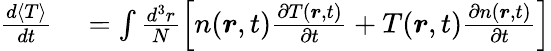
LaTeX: \begin{array}{rl}{\frac{d\langle T\rangle}{dt}}&{{}=\int\frac{d^{3}r}{N}\left[n(\boldsymbol{r},t)\frac{\partial T(\boldsymbol{r},t)}{\partial t}+T(\boldsymbol{r},t)\frac{\partial n(\boldsymbol{r},t)}{\partial t}\right]}\end{array}